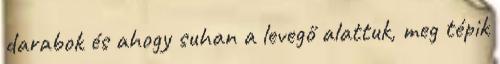
darabok és ahogy suhan a levegő alattuk, meg tépik